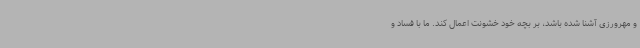
و مهرورزی آشنا شده باشد، بر بچه‌ خود خشونت اعمال کند. ما با فساد و